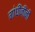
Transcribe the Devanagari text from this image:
गांधींजींनी